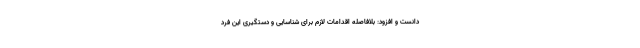
دانست و افزود: بلافاصله اقدامات لازم برای شناسایی و دستگیری این فرد